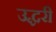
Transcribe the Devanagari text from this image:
उद्धरी